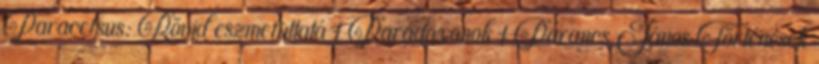
Paracelsus: Rövid eszmefuttatá 1 Paradoxonok 1 Parancs János Történések